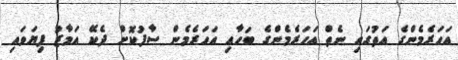
އަހަރެމެންގެ އަތުގައި ނެތް އަހަރެމެންގެ ބަހާއި އަހަރެމެން ސާފުކޮށް ދެކޭ އަމާޒު ފިޔަވައި